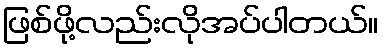
ဖြစ်ဖို့လည်းလိုအပ်ပါတယ်။